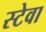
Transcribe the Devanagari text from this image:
स्टेवा